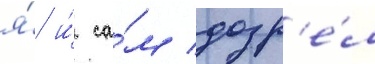
я́ и́ са́м дозр'е́л